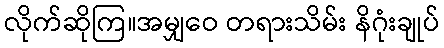
လိုက်ဆိုကြ။အမျှဝေ တရားသိမ်း နိဂုံးချုပ်